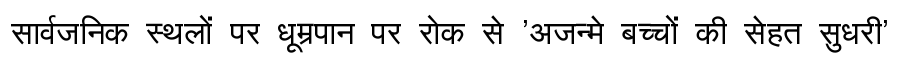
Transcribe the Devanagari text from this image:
सार्वजनिक स्थलों पर धूम्रपान पर रोक से 'अजन्मे बच्चों की सेहत सुधरी'